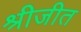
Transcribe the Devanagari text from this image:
श्रीजीत